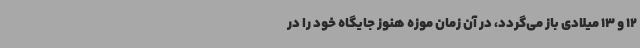
12 و 13 میلادی باز می‌گردد، در آن زمان موزه هنوز جایگاه خود را در